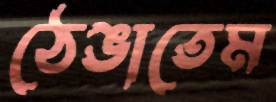
ঠেঙাতেম